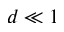
d \ll 1